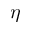
\eta